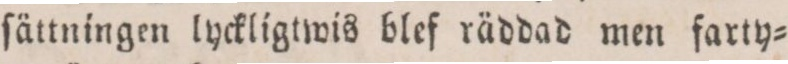
ſättningen lyckligtwis blef räddad men farty=